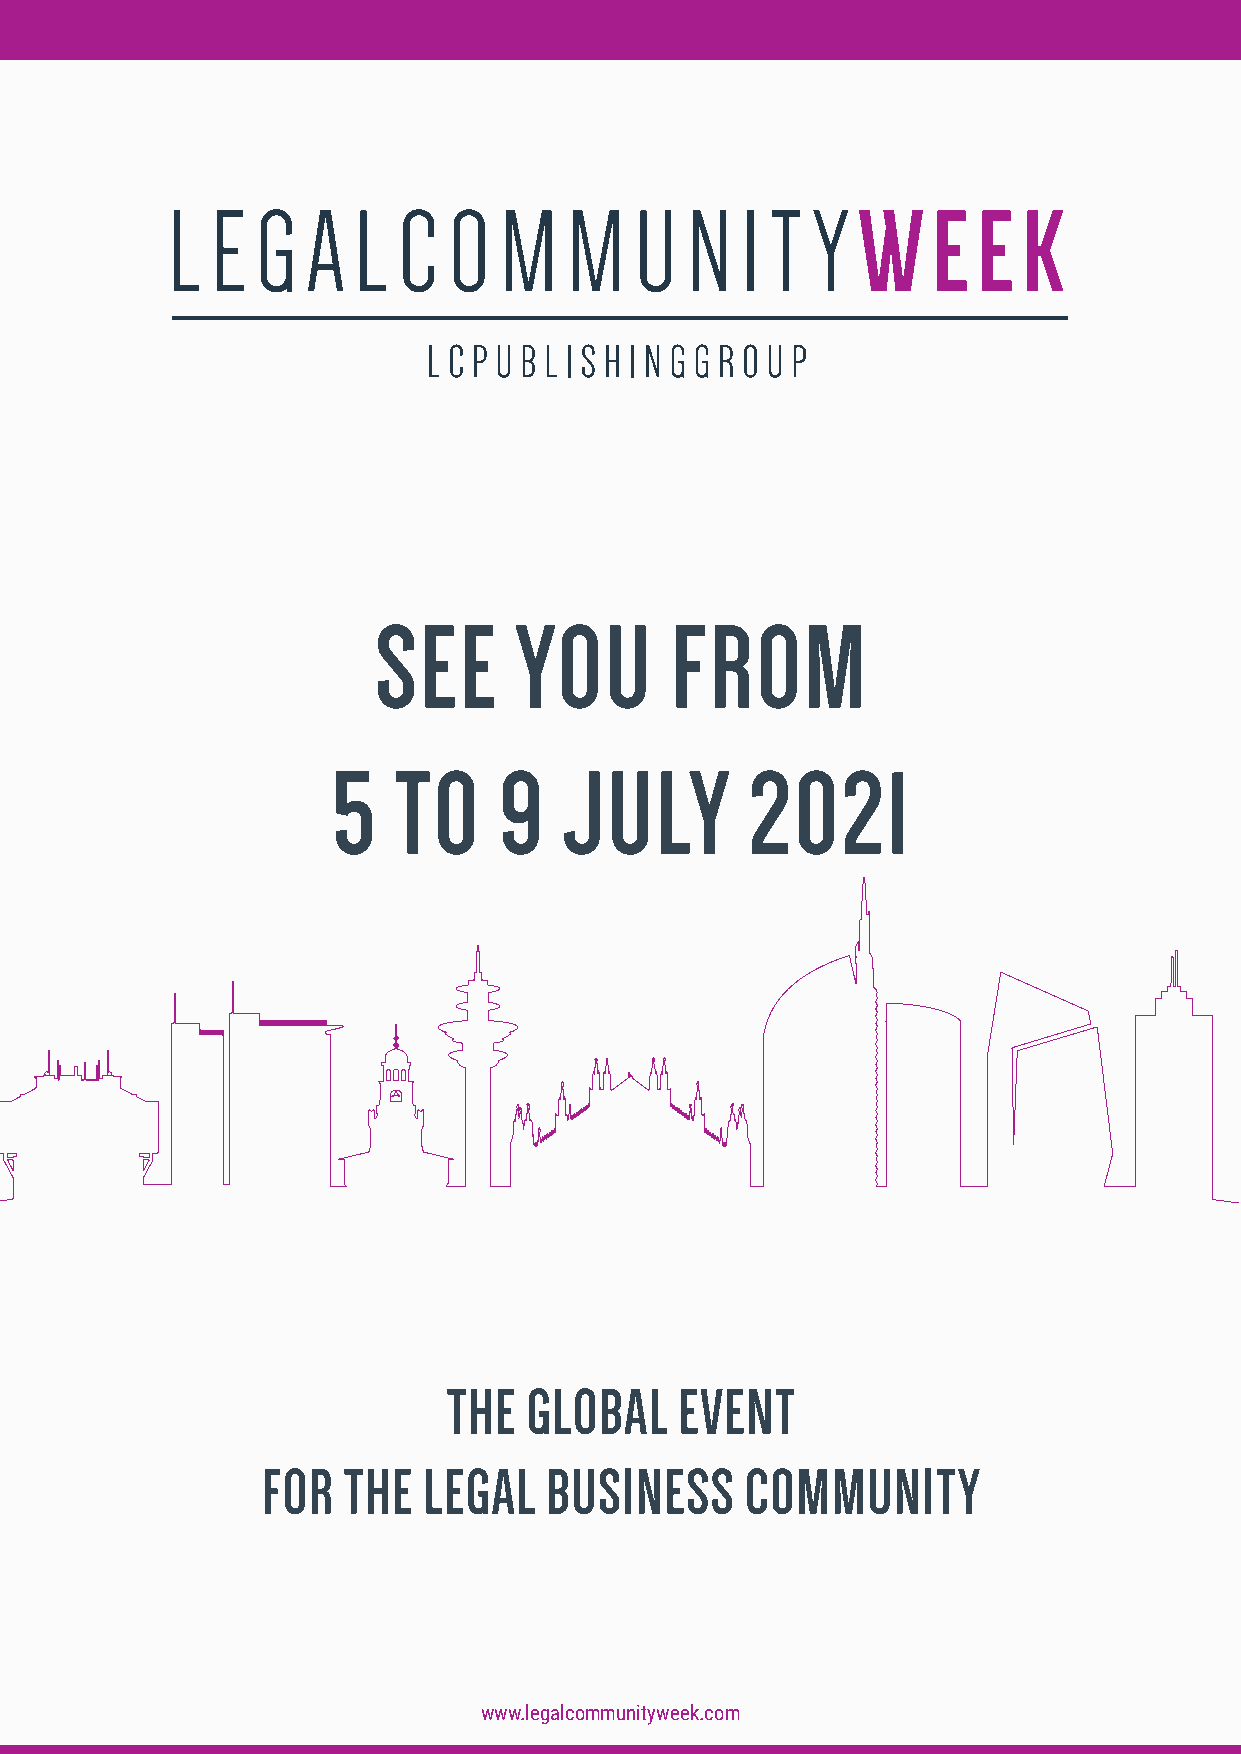
SEE      YOU       FROM
 5   TO     9   JULY         2021
 THE  GLOBAL    EVENT
 FOR   THE  LEGAL   BUSINESS     COMMUNITY
 www.legalcommunityweek.com